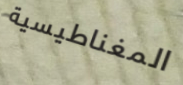
المغناطيسية